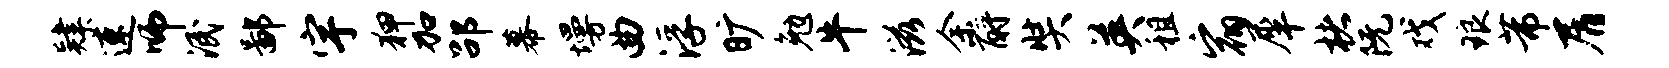
肄速师泯鄙宇狎加劭幕墁曲浮旷勉牛滋余酹奘英租宿犀楮阮戏琅芾屑